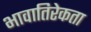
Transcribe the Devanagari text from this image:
भावातिरेकता